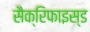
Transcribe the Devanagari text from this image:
सैक्रिफाइस्ड